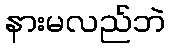
နားမလည်ဘဲ